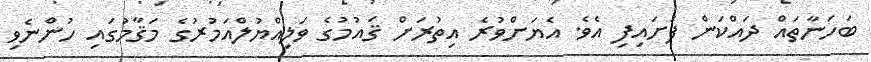
ބަހަނާތައް ދައްކަން ފަށައިފި އެވެ. އެޔަށްވުރެ އިތުރަށް ޤައުމުގެ ވަލިއްޔުލްއަމުރުގެ މަޤާމުގައި ހުންނެވި